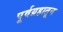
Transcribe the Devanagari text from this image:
पूर्वग्रहातून